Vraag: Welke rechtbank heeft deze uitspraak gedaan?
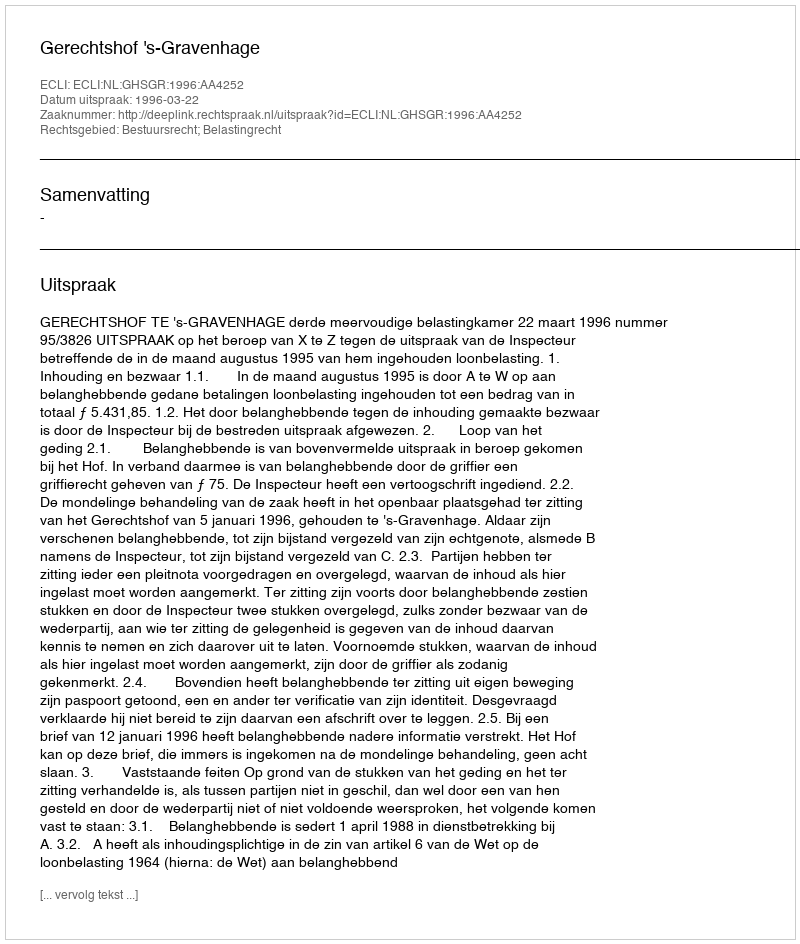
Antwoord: Gerechtshof 's-Gravenhage